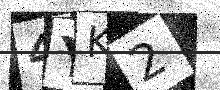
Text: 4YK2